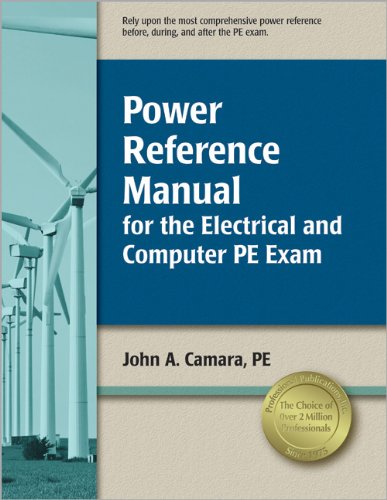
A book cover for Power Reference Manual for the Electrical and Computer PE Exam; John  A. Camara PE; Test Preparation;